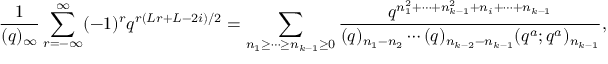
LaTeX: \frac { 1 } { ( q ) _ { \infty } } \sum _ { r = - \infty } ^ { \infty } ( - 1 ) ^ { r } q ^ { r ( L r + L - 2 i ) / 2 } = \displaystyle \sum _ { n _ { 1 } \geq \cdots \geq n _ { k - 1 } \geq 0 } \frac { q ^ { n _ { 1 } ^ { 2 } + \cdots + n _ { k - 1 } ^ { 2 } + n _ { i } + \cdots + n _ { k - 1 } } } { ( q ) _ { n _ { 1 } - n _ { 2 } } \cdots ( q ) _ { n _ { k - 2 } - n _ { k - 1 } } ( q ^ { a } ; q ^ { a } ) _ { n _ { k - 1 } } } ,